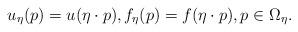
LaTeX: \begin{align*}u_\eta(p)=u(\eta\cdot p), f_\eta(p)=f(\eta\cdot p), p\in \Omega_\eta.\end{align*}